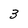
Character: 3